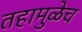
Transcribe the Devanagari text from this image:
तहामुळेच